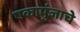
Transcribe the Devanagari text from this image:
एकापुंजाचे